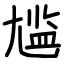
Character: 尴